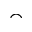
\frown